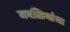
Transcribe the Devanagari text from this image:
मवळियांचा